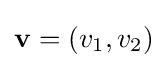
\mathbf {v} =(v_{1},v_{2})